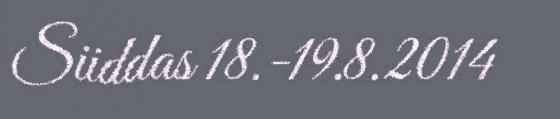
Siiddas 18.-19.8.2014